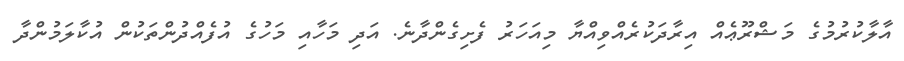
އާލާކުރުމުގެ މަޝްރޫޢެއް އިރާދަކުރެއްވިއްޔާ މިއަހަރު ފެށިގެންދާނެ. އަދި މަހާއި މަހުގެ އުފެއްދުންތަކުން އުކާލަމުންދާ